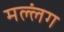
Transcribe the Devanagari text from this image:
मल्लंग